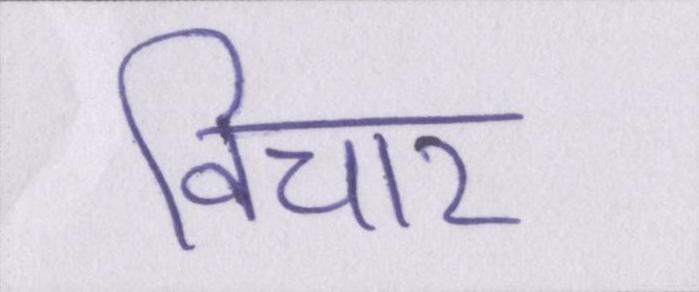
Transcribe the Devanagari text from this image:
विचार